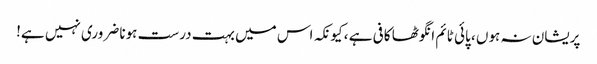
پریشان نہ ہوں ، پائی ٹائم انگوٹھا کافی ہے ، کیونکہ اس میں بہت درست ہونا ضروری نہیں ہے!